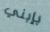
بإبني